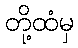
တို့ထံမှ